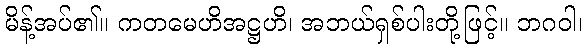
မိန့်အပ်၏။ ကတမေဟိအဋ္ဌဟိ၊ အဘယ်ရှစ်ပါးတို့ဖြင့်။ ဘဂဝါ၊